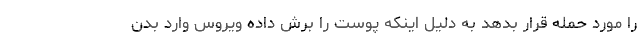
را مورد حمله قرار بدهد به دلیل اینکه پوست را برش داده ویروس وارد بدن